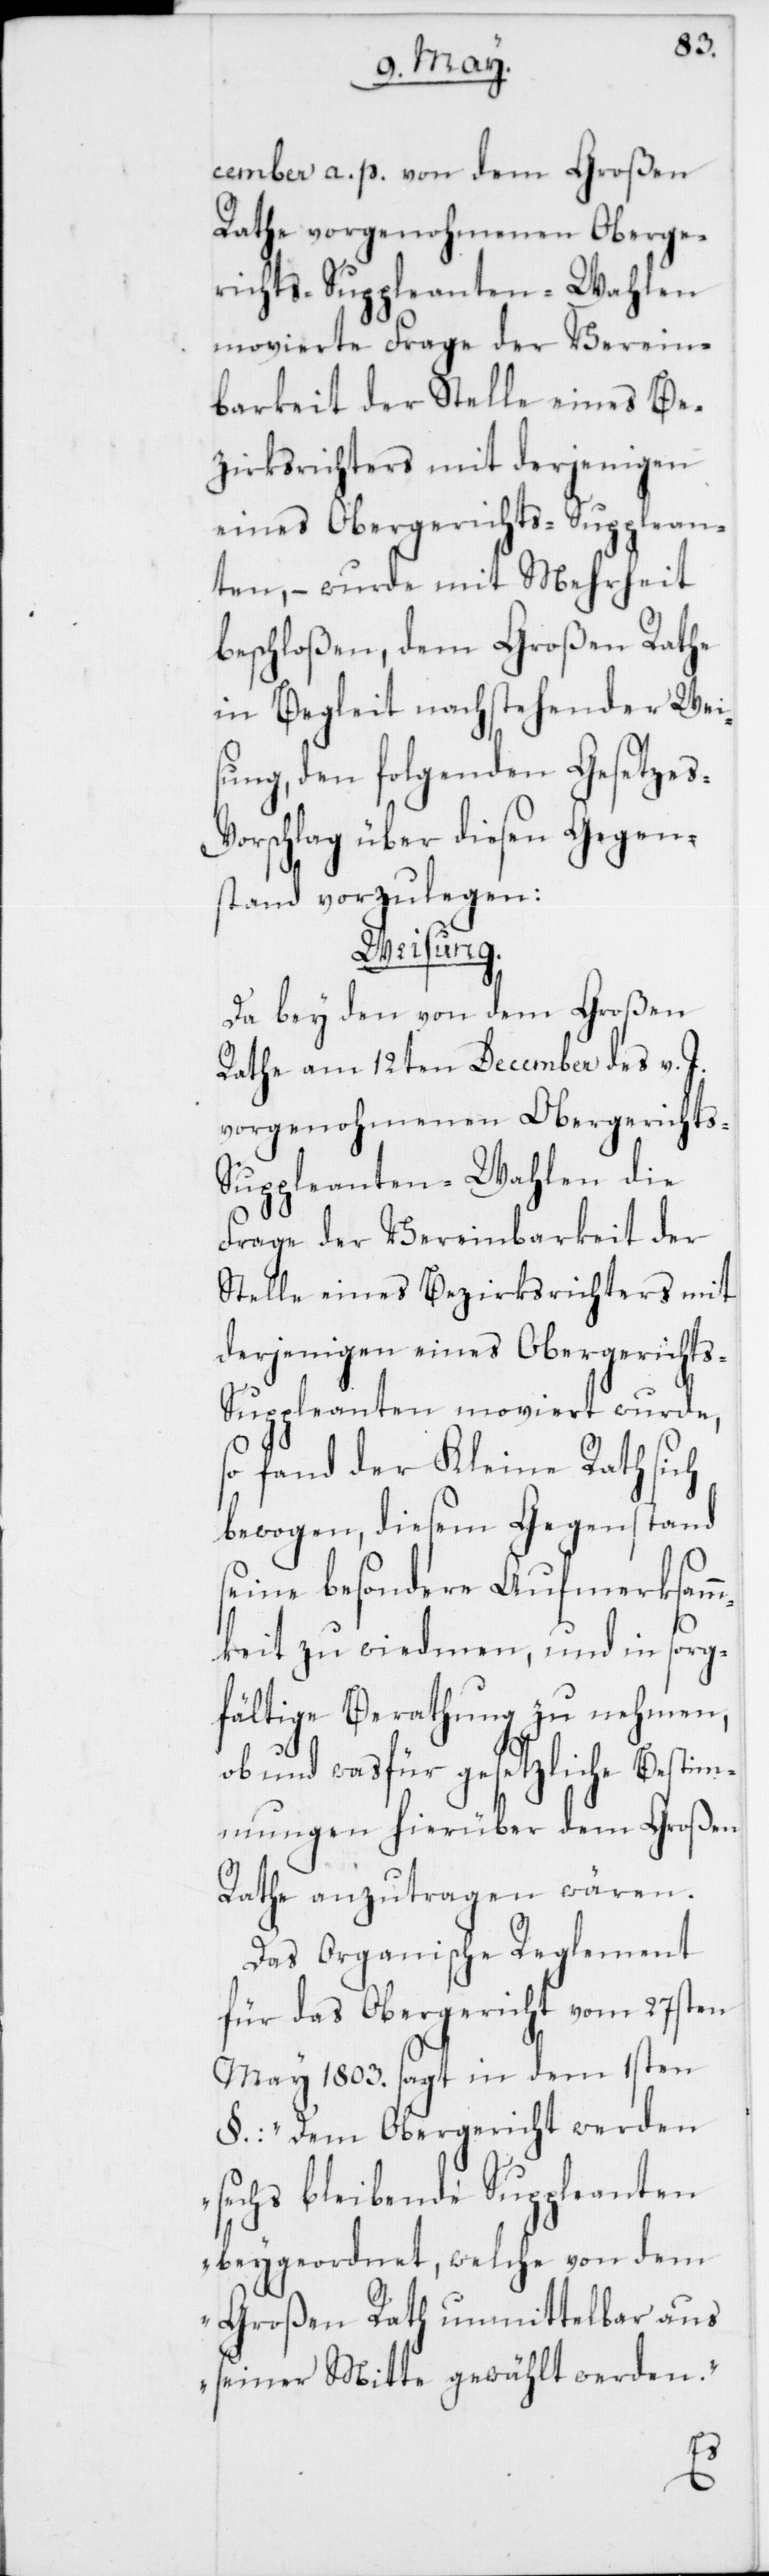
cember a. p. von dem Großen
Rathe vorgenohmenen Oberge¬
richts-Suppleanten-Wahlen
movierte Frage der Verein¬
barkeit der Stelle eines Be¬
zirksrichters mit derjenigen
eines Obergerichts-Supplean¬
ten, – wurde mit Mehrheit
beschloßen, dem Großen Rathe
in Begleit nachstehender Wei¬
sung, den folgenden Gesetze¬
orschlag über diesen Gegen¬
stand vorzulegen:
Weisung.
Da bey den von dem Großen
Rathe am 12ten December des v. J.
vorgenohmenen Obergerichts-S¬
uppleanten-Wahlen die
Frage der Vereinbarkeit der
Stelle eines Bezirksrichters mit
derjenigen eines Obergerichts-S¬
uppleanten moviert wurde,
fand der Kleine Rath sich
bewogen, diesem Gegenstand
seine besondere Aufmerksam¬
mkeit zu wiedmen, und in sorg¬
fältige Berathung zu nehmen,
ob und was für gesetzliche Bestim¬
mungen hierüber dem Großen
Rathe anzutragen wären.
Das Organische Reglement
für das Obergericht vom 27sten
May 1803. sagt in dem 1sten
§.: „Dem Obergericht werden
sechs bleibende Suppleanten
beygeordnet, welche von dem
Großen Rath unmittelbar aus
seiner Mitte gewählt werden.“
s-V¬